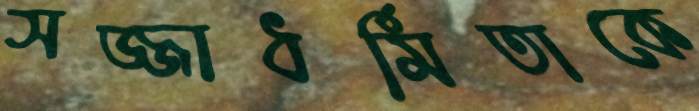
সজ্জাধর্মিতাকে